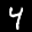
Label: 4